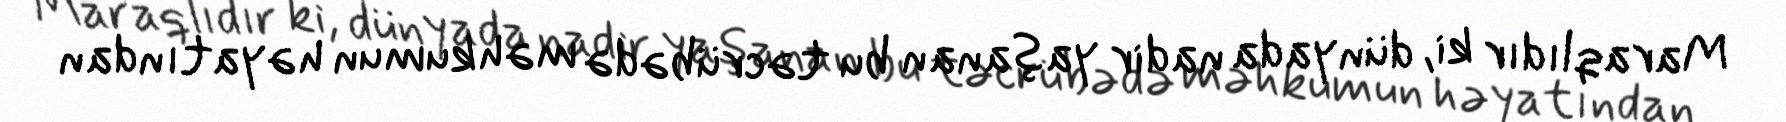
Maraqlıdır ki, dünyada nadir yaşanan bu təcrübədə məhkumun həyatından